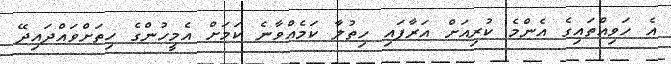
އެ ހަވިއްތައިގެ އެންމެ ކުރިއަށް އަރާފައި ހިތުލާ ކަމެއްވާނެ ކަމަށް އެމީހުންގެ ހިތަށްވައްދައިދޭ